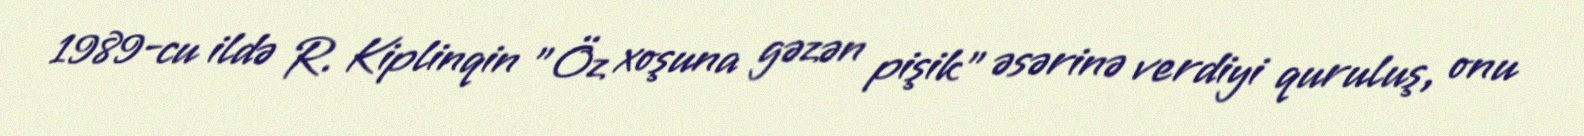
1989-cu ildə R. Kiplinqin "Öz xoşuna gəzən pişik" əsərinə verdiyi quruluş, onu